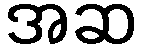
အဆ